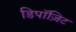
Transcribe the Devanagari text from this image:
डिपॉज़िट